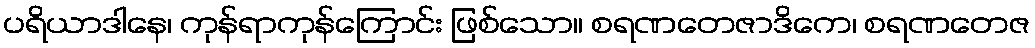
ပရိယာဒါနေ၊ ကုန်ရာကုန်ကြောင်း ဖြစ်သော။ စရဏတေဇာဒိကေ၊ စရဏတေဇ